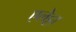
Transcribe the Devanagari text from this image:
एलेट्टा